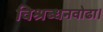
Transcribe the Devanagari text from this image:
विश्रब्धनवोढा।